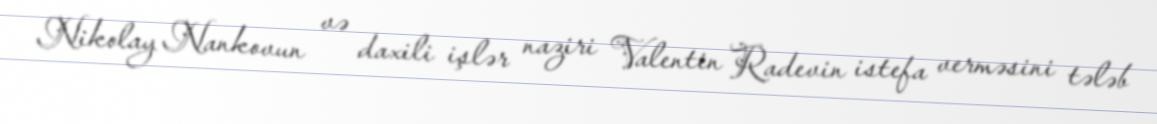
Nikolay Nankovun və daxili işlər naziri Valentin Radevin istefa verməsini tələb